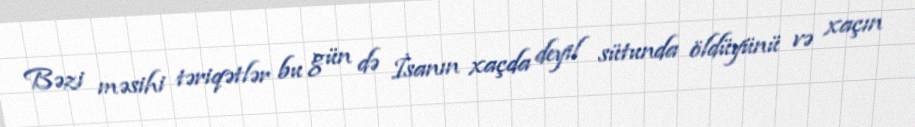
Bəzi məsihi təriqətlər bu gün də İsanın xaçda deyil sütunda öldüyünü və xaçın